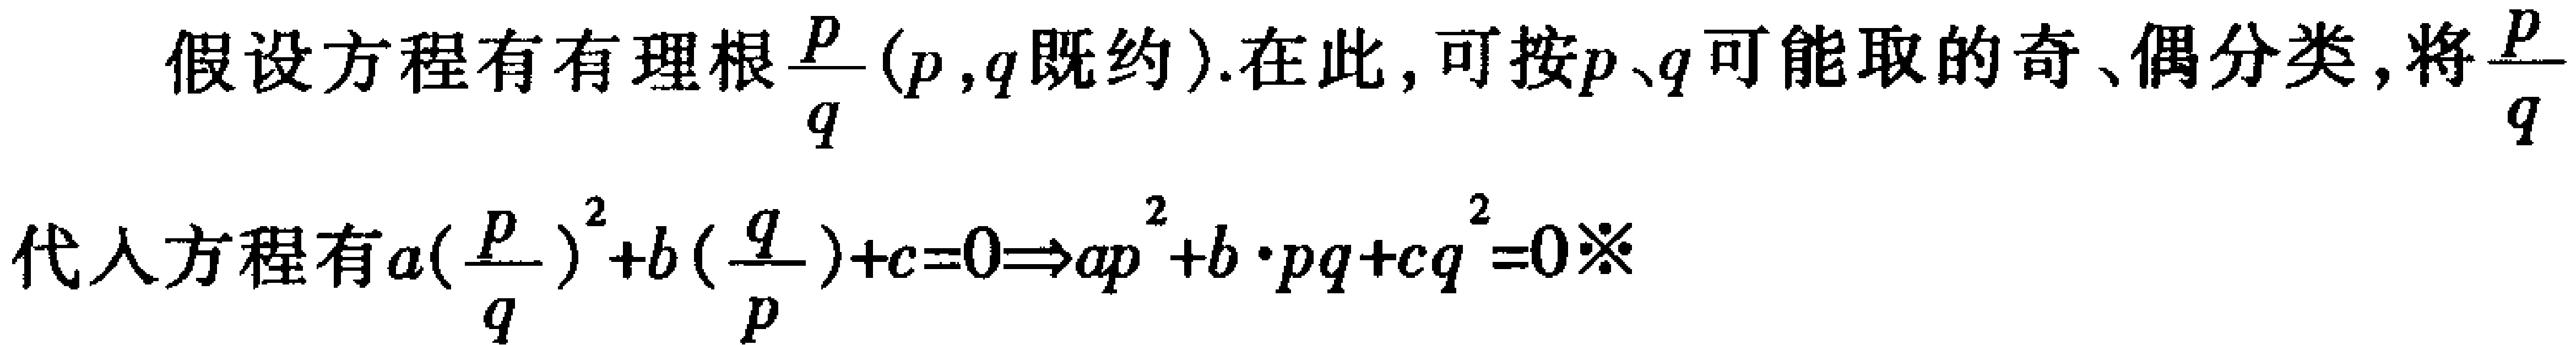
假设方程有有理根$\frac{p}{q}(p,q\text{ 既约})$. 在此, 可按$p$、$q$可能取的奇、偶分类, 将$\frac{p}{q}$
代入方程有$a(\frac{p}{q})^{2}+b(\frac{q}{p}) + c = 0\Rightarrow ap^{2}+b\cdot pq + cq^{2}=0※$